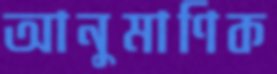
আনুমাণিক